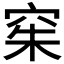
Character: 𫁍